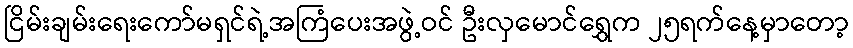
ငြိမ်းချမ်းရေးကော်မရှင်ရဲ့အကြံပေးအဖွဲ့ဝင် ဦးလှမောင်ရွှေက ၂၅ရက်နေ့မှာတော့